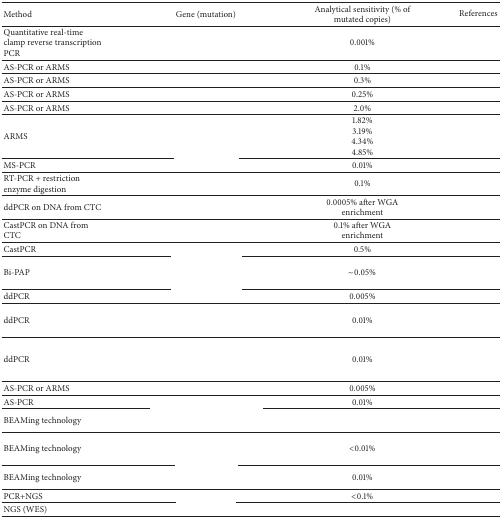
<table><thead><tr><td><b>Method</b></td><td><b>Gene (mutation)</b></td><td><b>Analytical sensitivity (% of mutated copies)</b></td><td><b>References</b></td></tr></thead><tbody><tr><td>Quantitative real-time clamp reverse transcription PCR</td><td>[EMPTY_CELL]</td><td>0.001%</td><td>[EMPTY_CELL]</td></tr><tr><td>AS-PCR or ARMS</td><td>[EMPTY_CELL]</td><td>0.1%</td><td>[EMPTY_CELL]</td></tr><tr><td>AS-PCR or ARMS</td><td>[EMPTY_CELL]</td><td>0.3%</td><td>[EMPTY_CELL]</td></tr><tr><td>AS-PCR or ARMS</td><td>[EMPTY_CELL]</td><td>0.25%</td><td>[EMPTY_CELL]</td></tr><tr><td>AS-PCR or ARMS</td><td>[EMPTY_CELL]</td><td>2.0%</td><td>[EMPTY_CELL]</td></tr><tr><td>ARMS</td><td>[EMPTY_CELL]</td><td>1.82%3.19%4.34%4.85%</td><td>[EMPTY_CELL]</td></tr><tr><td>MS-PCR</td><td>[EMPTY_CELL]</td><td>0.01%</td><td>[EMPTY_CELL]</td></tr><tr><td>RT-PCR + restriction enzyme digestion</td><td>[EMPTY_CELL]</td><td>0.1%</td><td>[EMPTY_CELL]</td></tr><tr><td>ddPCR on DNA from CTC</td><td>[EMPTY_CELL]</td><td>0.0005% after WGA enrichment</td><td>[EMPTY_CELL]</td></tr><tr><td>CastPCR on DNA from CTC</td><td>[EMPTY_CELL]</td><td>0.1% after WGA enrichment</td><td>[EMPTY_CELL]</td></tr><tr><td>CastPCR</td><td>[EMPTY_CELL]</td><td>0.5%</td><td>[EMPTY_CELL]</td></tr><tr><td>Bi-PAP</td><td>[EMPTY_CELL]</td><td>~0.05%</td><td>[EMPTY_CELL]</td></tr><tr><td>ddPCR</td><td>[EMPTY_CELL]</td><td>0.005%</td><td>[EMPTY_CELL]</td></tr><tr><td>ddPCR</td><td>[EMPTY_CELL]</td><td>0.01%</td><td>[EMPTY_CELL]</td></tr><tr><td>ddPCR</td><td>[EMPTY_CELL]</td><td>0.01%</td><td>[EMPTY_CELL]</td></tr><tr><td>AS-PCR or ARMS</td><td>[EMPTY_CELL]</td><td>0.005%</td><td>[EMPTY_CELL]</td></tr><tr><td>AS-PCR</td><td>[EMPTY_CELL]</td><td>0.01%</td><td>[EMPTY_CELL]</td></tr><tr><td>BEAMing technology</td><td>[EMPTY_CELL]</td><td>[EMPTY_CELL]</td><td>[EMPTY_CELL]</td></tr><tr><td>BEAMing technology</td><td>[EMPTY_CELL]</td><td>&lt;0.01%</td><td>[EMPTY_CELL]</td></tr><tr><td>BEAMing technology</td><td>[EMPTY_CELL]</td><td>0.01%</td><td>[EMPTY_CELL]</td></tr><tr><td>PCR+NGS</td><td>[EMPTY_CELL]</td><td>&lt;0.1%</td><td>[EMPTY_CELL]</td></tr><tr><td>NGS (WES)</td><td>[EMPTY_CELL]</td><td>[EMPTY_CELL]</td><td>[EMPTY_CELL]</td></tr></tbody></table>